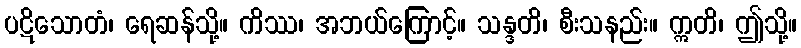
ပဋိသောတံ၊ ရေဆန်သို့။ ကိဿ၊ အဘယ်ကြောင့်။ သန္ဒတိ၊ စီးသနည်း။ ဣတိ၊ ဤသို့။